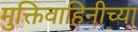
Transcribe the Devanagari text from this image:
मुक्तिवाहिनीच्या